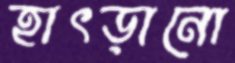
হাৎড়ানো